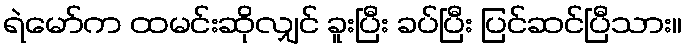
ရဲမော်က ထမင်းဆိုလျှင် ခူးပြီး ခပ်ပြီး ပြင်ဆင်ပြီသား။